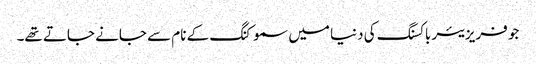
جو فریزیئر باکسنگ کی دنیا میں سموکنگ کے نام سے جانے جاتے تھے۔